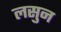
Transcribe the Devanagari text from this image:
लसुन